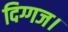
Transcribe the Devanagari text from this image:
दिग्गज।